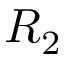
R _ { 2 }